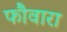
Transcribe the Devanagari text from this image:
फौवारा